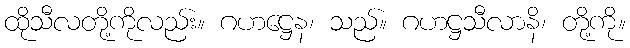
ထိုသီလတို့ကိုလည်း။ ဂဟဋ္ဌေန၊ သည်။ ဂဟဋ္ဌသီလာနိ၊ တို့ကို။